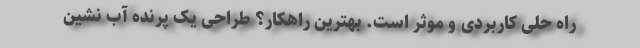
راه حلی کاربردی و موثر است. بهترین راهکار؟ طراحی یک پرنده آب نشین